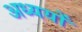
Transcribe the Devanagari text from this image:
अध्ययों